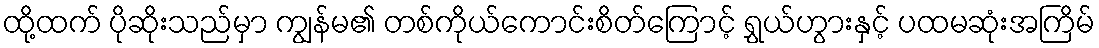
ထို့ထက် ပိုဆိုးသည်မှာ ကျွန်မ၏ တစ်ကိုယ်ကောင်းစိတ်ကြောင့် ရွှယ်ဟွားနှင့် ပထမဆုံးအကြိမ်